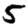
Digit: 5